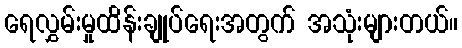
ရေလွှမ်းမှုထိန်းချုပ်ရေးအတွက် အသုံးများတယ်။